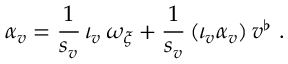
\alpha _ { v } = \frac { 1 } { s _ { v } } \, \iota _ { v } \, \omega _ { \xi } + \frac { 1 } { s _ { v } } \, ( \iota _ { v } \alpha _ { v } ) \, v ^ { \flat } \ .